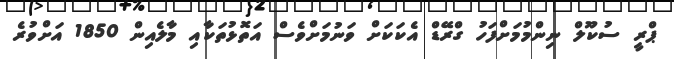
ޕްރީ ސުކޫލް ނިންމުމަށްފަހު ގްރޭޑް އެކަކަށް ވަނުމަށްވެސް އަތޮޅުތަކާއި މާލެއިން 1850 އަށްވުރެ